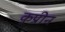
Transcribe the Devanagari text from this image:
कुप्रीन